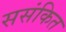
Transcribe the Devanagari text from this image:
ससंकित